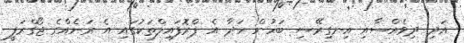
އަދި ދިވެއްސާއި އިނގިރޭސި ބަހުން ހަދާ އެ ޕްރޮފައިލްތަކުގައި އެ ރަށެއްގެ ޖޯގްރަފީ